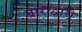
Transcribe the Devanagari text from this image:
बाराद्वारी